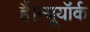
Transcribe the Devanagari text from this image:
हैं।न्यूयॉर्क